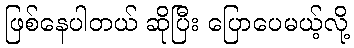
ဖြစ်နေပါတယ် ဆိုပြီး ပြောပေမယ့်လို့